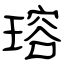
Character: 瑢